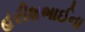
હરીશભાઈના